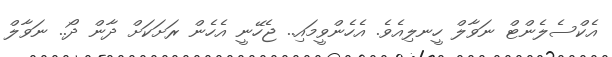
އެކްސެލެންޓް ނަވާލް ހީނލިއެވެ. އެހެންވީމައި.. ޖެހޭނީ އެހެން ރަށަކަށް ދާން ދޯ.. ނަވާލް